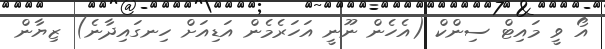
އޯ ވީ މައިޓް ސިންކް (އެހެން ނޫނީ އަހަރެމެން އަޑިއަށް ހިނގައިދާނެ) ޒިޔާން